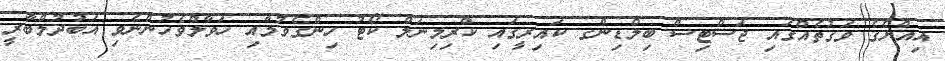
އިއްޔެގެ ވަގުތެއްގައި ޖަސްޓިސް ބިލްޑިންގ ކައިރީގައި ކްރިމިނަލް ކޯޓު ހިންގެވުމާއި ހަވާލްވެހުންނެވި އަބުދުލްބާރީ